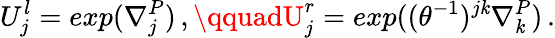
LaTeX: U_{j}^{l}=exp(\nabla_{j}^{P})\, ,\qquadU_{j}^{r}=exp((\theta^{-1})^{j\mathit{k}}\nabla_{\mathit{k}}^{P})\, .